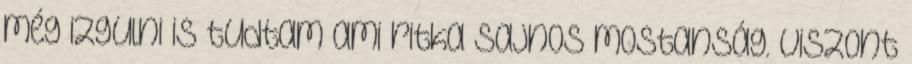
még izgulni is tudtam ami ritka sajnos mostanság. viszont